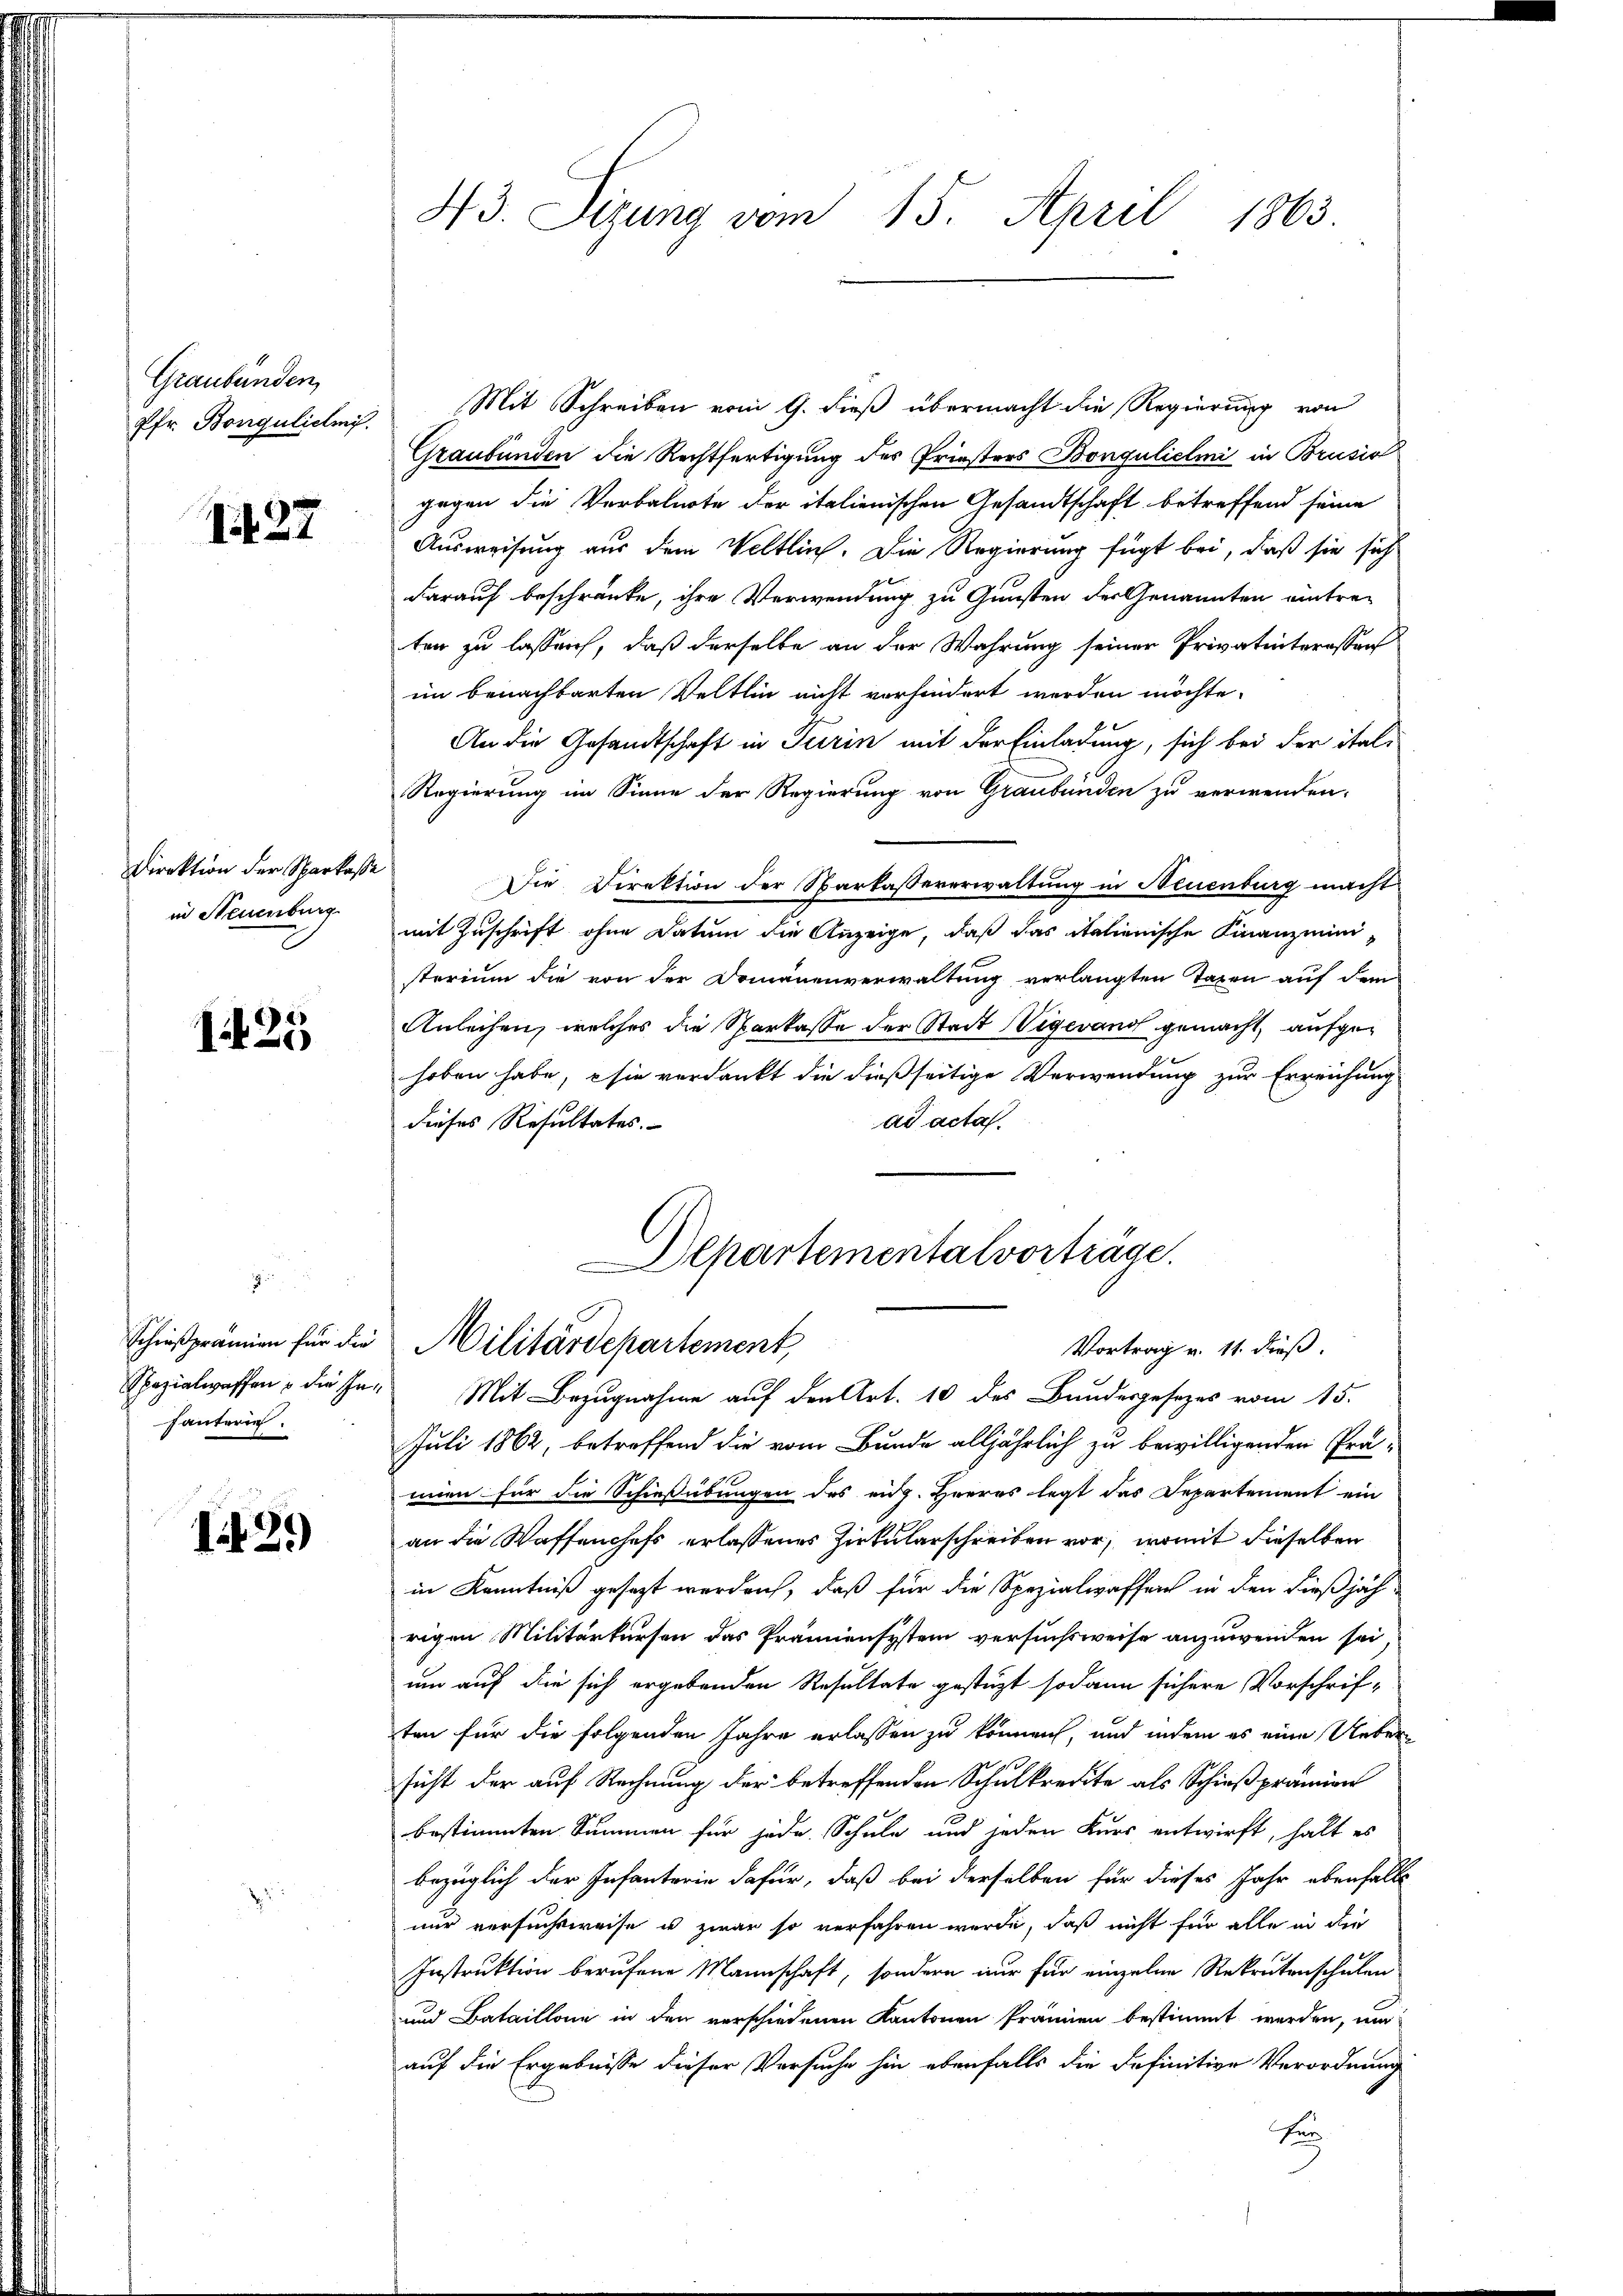
Graubünden,
Pfr. Bongulieni

1427

Direktion der Sparkasse
in Neuenburg

1425

1
Schießprämien für die
Spezialwaffen u die Inhäuterie.

13.)

43. Sizung vom 15. April 1863

Mit Schreiben vom 9. dieß übermacht die Regierung von
Graubünden die Rechtfertigung des Priesters Bongulielmi in Brusio
gegen die Verbalnote der italienischen Gesandtschaft betreffend seine
Ausweisung aus dem Veltlich. Die Regierung fügt bei, daß sie sich
darauf beschränke, ihre Verwendung zu Gunsten der Genannten eintre-
ten zu lassen, daß derselbe an der Wahrung seiner Privatinteressan
im benachbarten Weltlin nicht verhindert werden möchte.
An die Gesandtschaft in Turin mit der Einladung, sich bei der ital¬
Regierung im Sinne der Regierung von Graubünden zu verwenden.
Die Direktion der Sparkassererwaltung in Neuenburg macht
mit Zuschrift ohne Datum die Anzeige, daß das italienische Finanzministerium die von der Domänenverwaltung verlangten Taxen auf dem
Anleihen, welches die Sparkasse der Stadt Vigewand gemacht, aufgehoben habe, sie verdankt die dießseitige Verwendung zur Erreichung
ad acta
dieses Resultates.
Alpartementalvorträge.
Militärdepartement,
Vortrag v. 11. dieß.
Mit Bezugnahme auf den Art. 10 des Bundesgesezes vom 15.
Juli 1862, betreffend die vom Bunde alljährlich zu bewilligenden Prä-
mien für die Schießübungen des eidg. Heeres legt das Departement ein
an die Waffenchefs erlassenes Zirkularschreiben vor, womit dieselben
in Kenntniß gesezt werden, daß für die Spezialwaffen in den dießjäh-
rigen Militärkursen das Prämiensystem versuchsweise anzuwenden sei
um auf die sich ergebenden Resultate gestüzt sodann sichere Vorschrif-
ten für die folgenden Jahre erlassen zu können, und indem es eine Ueber
sicht der auf Rechnung der betreffenden Schulkredite als Schießprämien
bestimmten Summen für jede Schule und jeden Kurs entwirft, hält es
bezüglich der Infanterie dafür, daß bei derselben für dieses Jahr ebenfalls
nur versuchsweise u zwar so verfahren wurde, daß nicht für alle in die
Instruktion berufene Mannschaft, sondern nur für einzelne Rekrutenschulen
und Bataillone in den verschiedenen Kantonen Prämien bestimmt werden, um
auf die Ergebnisse dieser Versuche hin ebenfalls die definitive Verordnung
hen